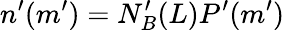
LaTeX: n^{\prime}(m^{\prime})=N_{B}^{\prime}(L)P^{\prime}(m^{\prime})